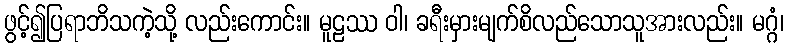
ဖွင့်၍ပြရာဘိသကဲ့သို့ လည်းကောင်း။ မူဠဿ ဝါ၊ ခရီးမှားမျက်စိလည်သောသူအားလည်း။ မဂ္ဂံ၊